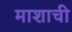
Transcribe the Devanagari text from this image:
माशाची